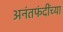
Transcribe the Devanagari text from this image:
अनंतफंदींच्या